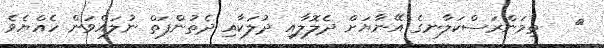
٩   ތިމަންރަސްކަލާނގެ އޭނާޔަށް ދެލޮލާއި ދުލަކާއި ދެތުންފަތް ނުލައްވަން ހެއްޔެވެ